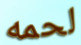
لحمه